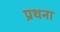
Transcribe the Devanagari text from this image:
प्रथना